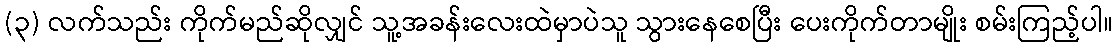
(၃) လက်သည်း ကိုက်မည်ဆိုလျှင် သူ့အခန်းလေးထဲမှာပဲသူ သွားနေစေပြီး ပေးကိုက်တာမျိုး စမ်းကြည့်ပါ။